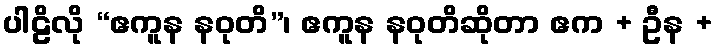
ပါဠိလို “ဧကူန နဝုတိ”၊ ဧကူန နဝုတိဆိုတာ ဧက + ဦန +